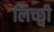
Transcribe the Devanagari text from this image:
लिच्छ्वी